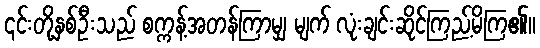
၎င်းတို့နှစ်ဦးသည် စက္ကန့်အတန်ကြာမျှ မျက် လုံးချင်းဆိုင်ကြည့်မိကြ၏။